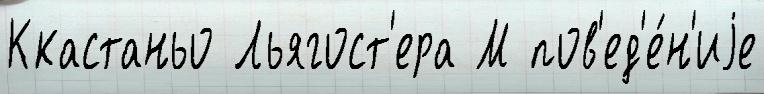
Ккастаньо Льягост'ера М пов'ед'е́н'иjе